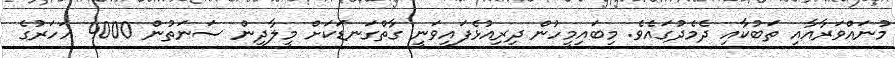
މުނައްވަރާއާއި ތަބުކާއި ދެމެދުގައެވެ. މިބައިމީހުން ދިރިއުޅެފައިވަނީ ގާތްގަނޑަކަށް މީލާދީން ސަނަތުން 4000 އަހަރުގެ